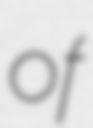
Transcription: of